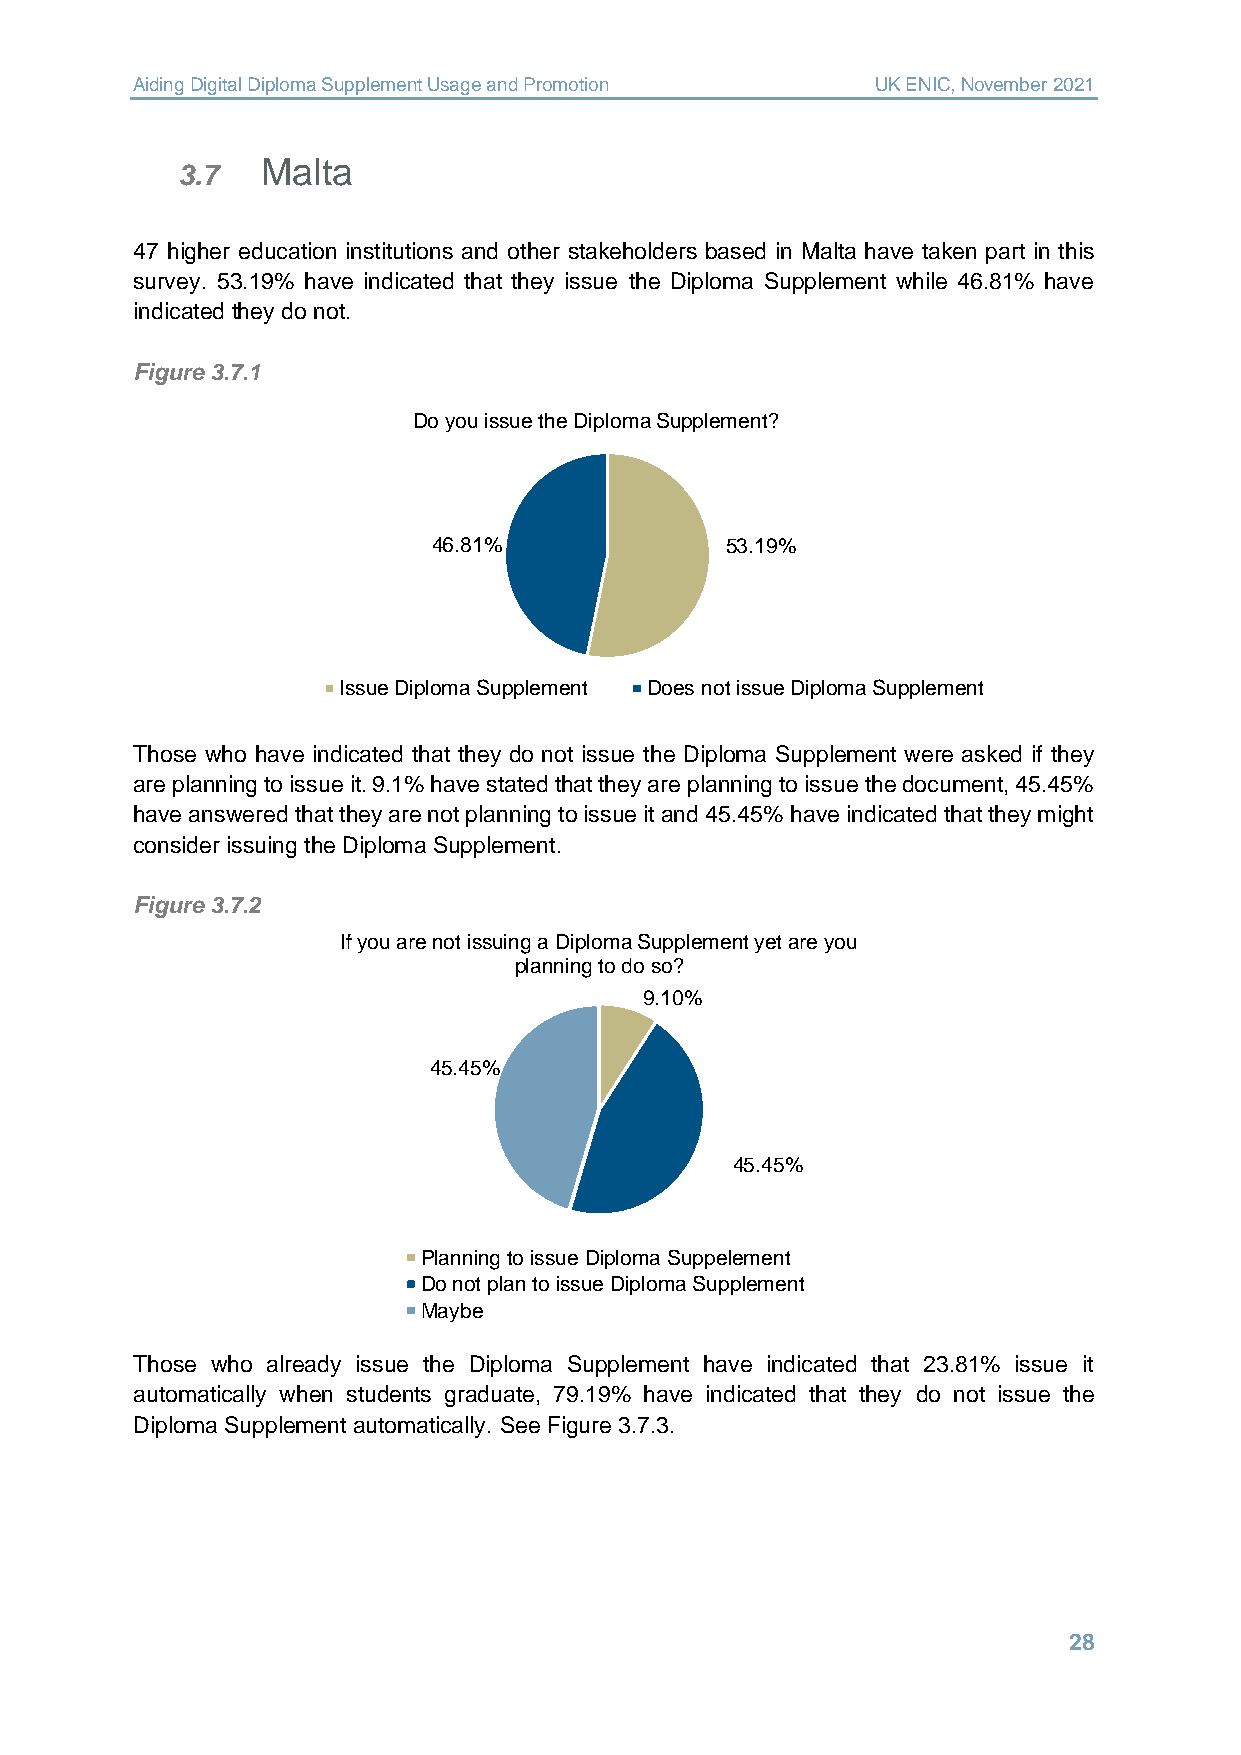
Aiding Digital Diploma Supplement Usage and Promotion UK ENIC, November 2021
 Malta
 3.7
 47 higher education institutions and other stakeholders based in Malta have taken part in this
 survey. 53.19% have indicated that they issue the Diploma Supplement while 46.81% have
 indicated they do not.
 Figure 3.7.1
 Do you issue the Diploma Supplement?
 46.81%             53.19%
 Issue Diploma Supplement Does not issue Diploma Supplement
 Those who have indicated that they do not issue the Diploma Supplement were asked if they
 are planning to issue it. 9.1% have stated that they are planning to issue the document, 45.45%
 have answered that they are not planning to issue it and 45.45% have indicated that they might
 consider issuing the Diploma Supplement.
 Figure 3.7.2
 If you are not issuing a Diploma Supplement yet are you
 planning to do so?
 9.10%
 45.45%
 45.45%
 Planning to issue Diploma Suppelement
 Do not plan to issue Diploma Supplement
 Maybe
 Those who already issue the Diploma Supplement have indicated that 23.81% issue it
 automatically when students graduate, 79.19% have indicated that they do not issue the
 Diploma Supplement automatically. See Figure 3.7.3.
 28